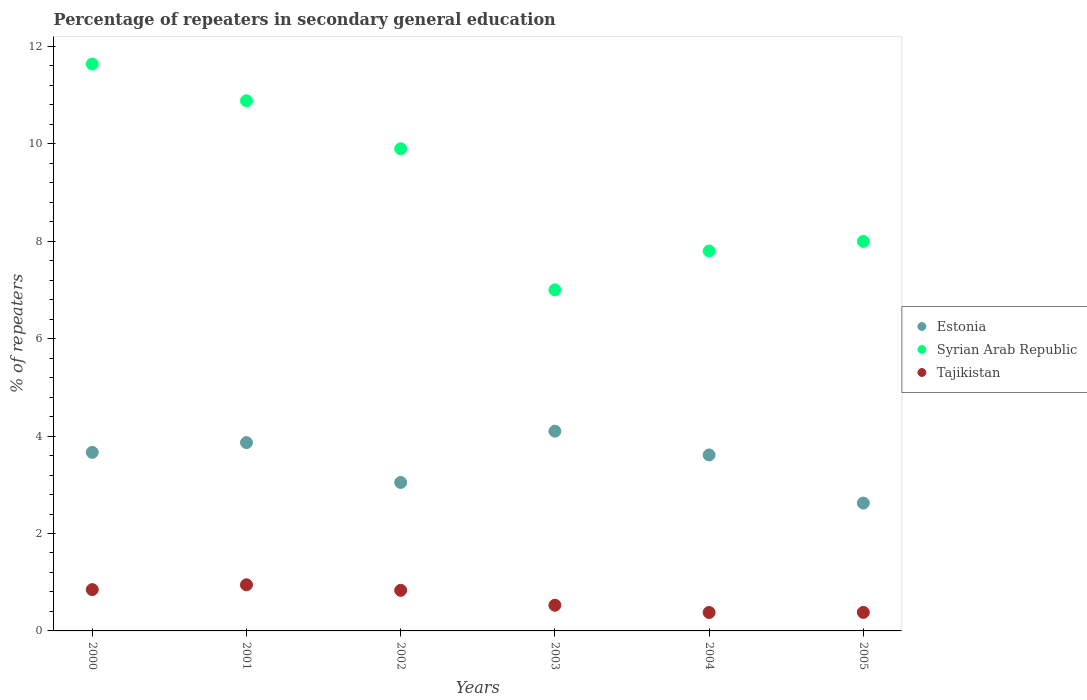
| Years | Estonia | Syrian Arab Republic | Tajikistan |
 | --- | --- | --- | --- |
 | 2000 | 3.67 | 11.6 | 0.848 |
 | 2001 | 3.87 | 10.9 | 0.947 |
 | 2002 | 3.05 | 9.9 | 0.833 |
 | 2003 | 4.1 | 7 | 0.527 |
 | 2004 | 3.61 | 7.8 | 0.379 |
 | 2005 | 2.62 | 8 | 0.38 |